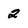
Character: 2